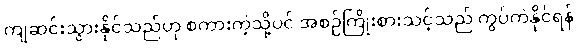
ကျဆင်းသွားနိုင်သည်ဟု စကားကဲ့သို့ပင် အစဉ်ကြိုးစားသင့်သည် ကွပ်ကဲနိုင်ရန်